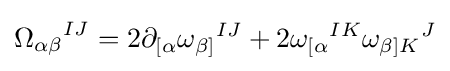
{\Omega _{\alpha \beta }}^{IJ}=2\partial _{[\alpha }{\omega _{\beta ]}}^{IJ}+2{\omega _{[\alpha }}^{IK}{\omega _{\beta ]K}}^{J}